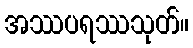
အဿပရဿသုတ်။